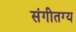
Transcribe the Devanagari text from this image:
संगीतग्य